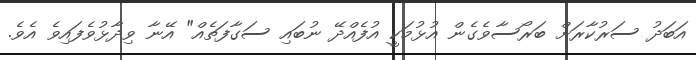
އަބަދު ސަރުކާރަށް ބަރޯސާވެގެން އުޅުމަކީ އުފެއްދޭ ނުބައި ސަގާފަތެއް" އޭނާ ވިދާޅުވެފައިވެ އެވެ.